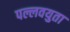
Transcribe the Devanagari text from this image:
पल्लवयुता